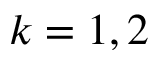
k = 1 , 2